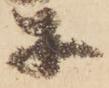
等